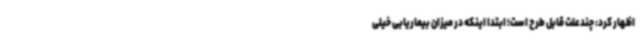
اظهار کرد: چندعلت قابل طرح است؛ ابتدا اینکه در میزان بیماریابی خیلی